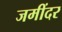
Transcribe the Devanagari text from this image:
जमींदर